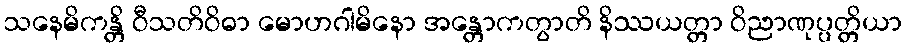
သနေမိကန္တိ ဝီသတိဝိဓာ မောဟဂါမိနော အန္တောကတွာတိ နိဿယတ္တာ ဝိညာဏုပ္ပတ္တိယာ